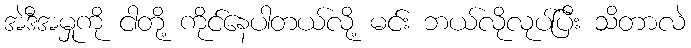
အဲဒီအမှုကို ငါတို့ ကိုင်နေပါတယ်လို့ မင်း ဘယ်လိုလုပ်ပြီး သိတာလဲ